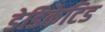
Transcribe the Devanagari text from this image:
डेडिकेटिड